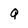
Character: Q